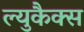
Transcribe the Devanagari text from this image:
ल्युकैक्स